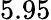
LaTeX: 5.95